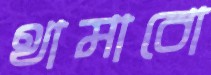
থামাবো